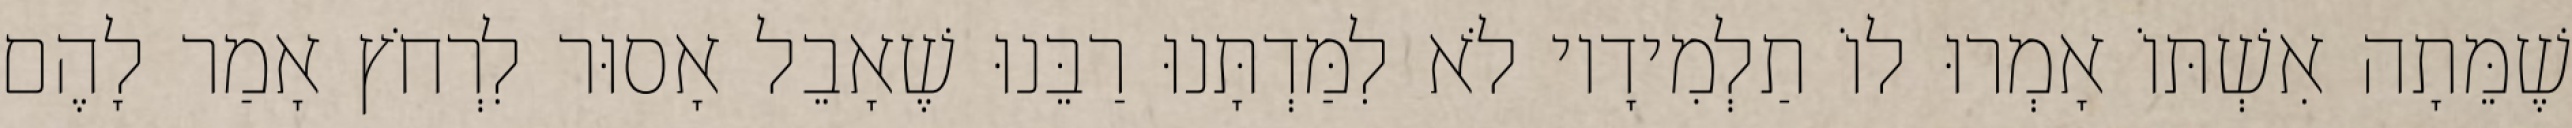
שֶׁמֵּתָה אִשְׁתּוֹ אָמְרוּ לוֹ תַלְמִידָיו לֹא לִמַּדְתָּנוּ רַבֵּנוּ שֶׁאָבֵל אָסוּר לִרְחֹץ אָמַר לָהֶם